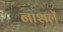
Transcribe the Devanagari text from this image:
नाशलें